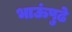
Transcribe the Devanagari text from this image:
भाऊंपुढे